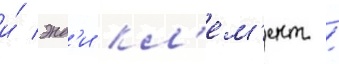
и́ энд'и кл'ем'ент /